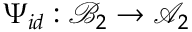
\Psi _ { i d } : { \mathcal { B } } _ { 2 } \rightarrow { \mathcal { A } } _ { 2 }